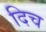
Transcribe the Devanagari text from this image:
दिच